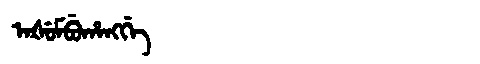
Manchu: ᠠᡧᡠᠮᠪᡠᡥᠠᠩᡤᡝ
Romanization: AŠUMBUHANGGE